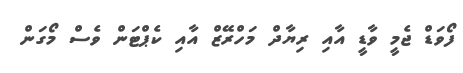
ފޯވަޑް ޖެމީ ވާޑީ އާއި ރިޔާދް މަހްރޭޒް އާއި ކެޕްޓަން ވެސް މޯގަން